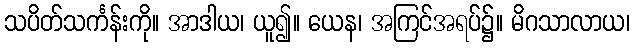
သပိတ်သင်္ကန်းကို။ အာဒါယ၊ ယူ၍။ ယေန၊ အကြင်အရပ်၌။ မိဂသာလာယ၊